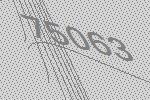
75063